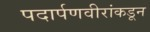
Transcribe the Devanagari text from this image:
पदार्पणवीरांकडून